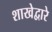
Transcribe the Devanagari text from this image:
शाखेद्वारे